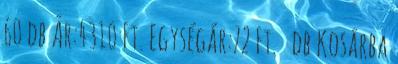
60 db Ár:4310 Ft. Egységár:72 Ft. db Kosárba